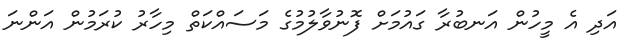
އަދި އެ މީހުން އަނބުރާ ގައުމަށް ފޮނުވާލުމުގެ މަސައްކަތް މިހާރު ކުރަމުން އަންނަ